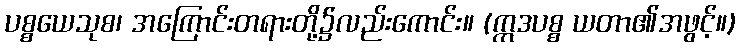
ပစ္စယေသုစ၊ အကြောင်းတရားတို့၌လည်းကောင်း။ (ဣဒပစ္စ ယတာ၏အဖွင့်။)